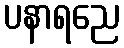
ပနာရညေ